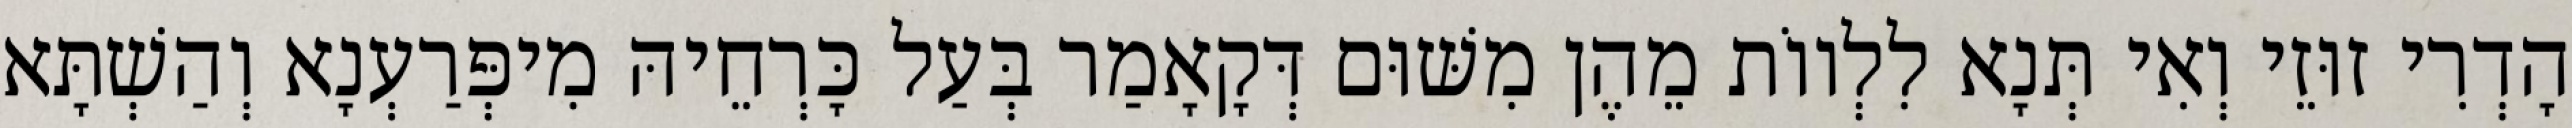
הָדְרִי זוּזֵי וְאִי תְּנָא לִלְווֹת מֵהֶן מִשּׁוּם דְּקָאָמַר בְּעַל כָּרְחֵיהּ מִיפְּרַעְנָא וְהַשְׁתָּא